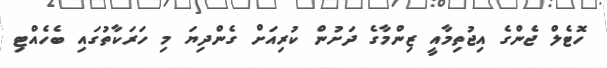
ހޮޓެލް ޖެންގެ އިޖުތިމާއީ ޒިންމާގެ ދަށުން ކުރިއަށް ގެންދިޔަ މި ހަރަކާތުގައި ބެހެއްޓި